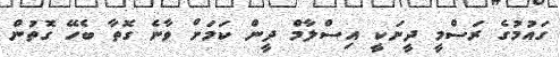
ގައުމުގެ ރަސްމީ ދީނަކީ އިސްލާމް ދީން ކަމަށް ވާނެ ގޮތާ ބެހޭ ގޮތުން